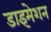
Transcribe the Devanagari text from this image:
डाइमेशन